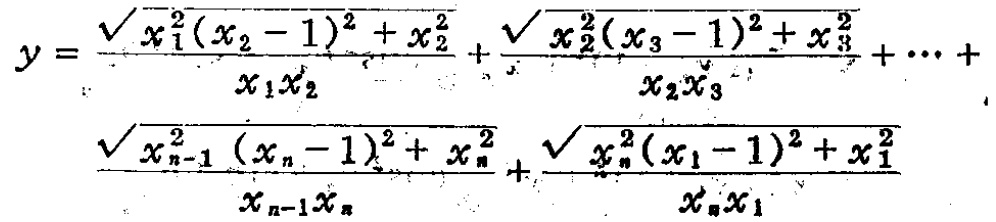
\[
\begin{align*}
y&=\frac{\sqrt{x_{1}^{2}(x_{2}-1)^{2}+x_{2}^{2}}}{x_{1}x_{2}}+\frac{\sqrt{x_{2}^{2}(x_{3}-1)^{2}+x_{3}^{2}}}{x_{2}x_{3}}+\cdots+\\
&\frac{\sqrt{x_{n - 1}^{2}(x_{n}-1)^{2}+x_{n}^{2}}}{x_{n-1}x_{n}}+\frac{\sqrt{x_{n}^{2}(x_{1}-1)^{2}+x_{1}^{2}}}{x_{n}x_{1}}
\end{align*}
\]